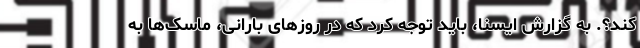
کند؟. به گزارش ایسنا، باید توجه کرد که در روزهای بارانی، ماسک‌ها به